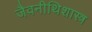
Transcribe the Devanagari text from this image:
जैवनीथिशास्त्र